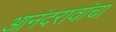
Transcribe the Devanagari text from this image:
आनंदरावांचा